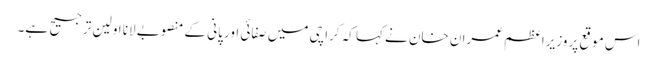
اس موقع پر وزیراعظم عمران خان نے کہا کہ کراچی میں صفائی اور پانی کے منصوبے لانا اولین ترجیح ہے۔